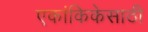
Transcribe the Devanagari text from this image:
एकांकिकेसाठी